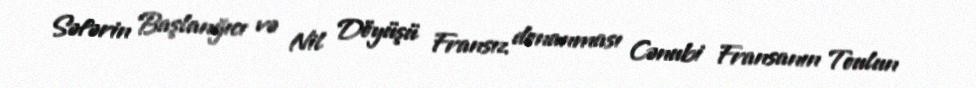
Səfərin Başlanğıcı və Nil Döyüşü Fransız donanması Cənubi Fransanın Toulun